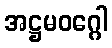
အဋ္ဌမဝဂ္ဂေါ